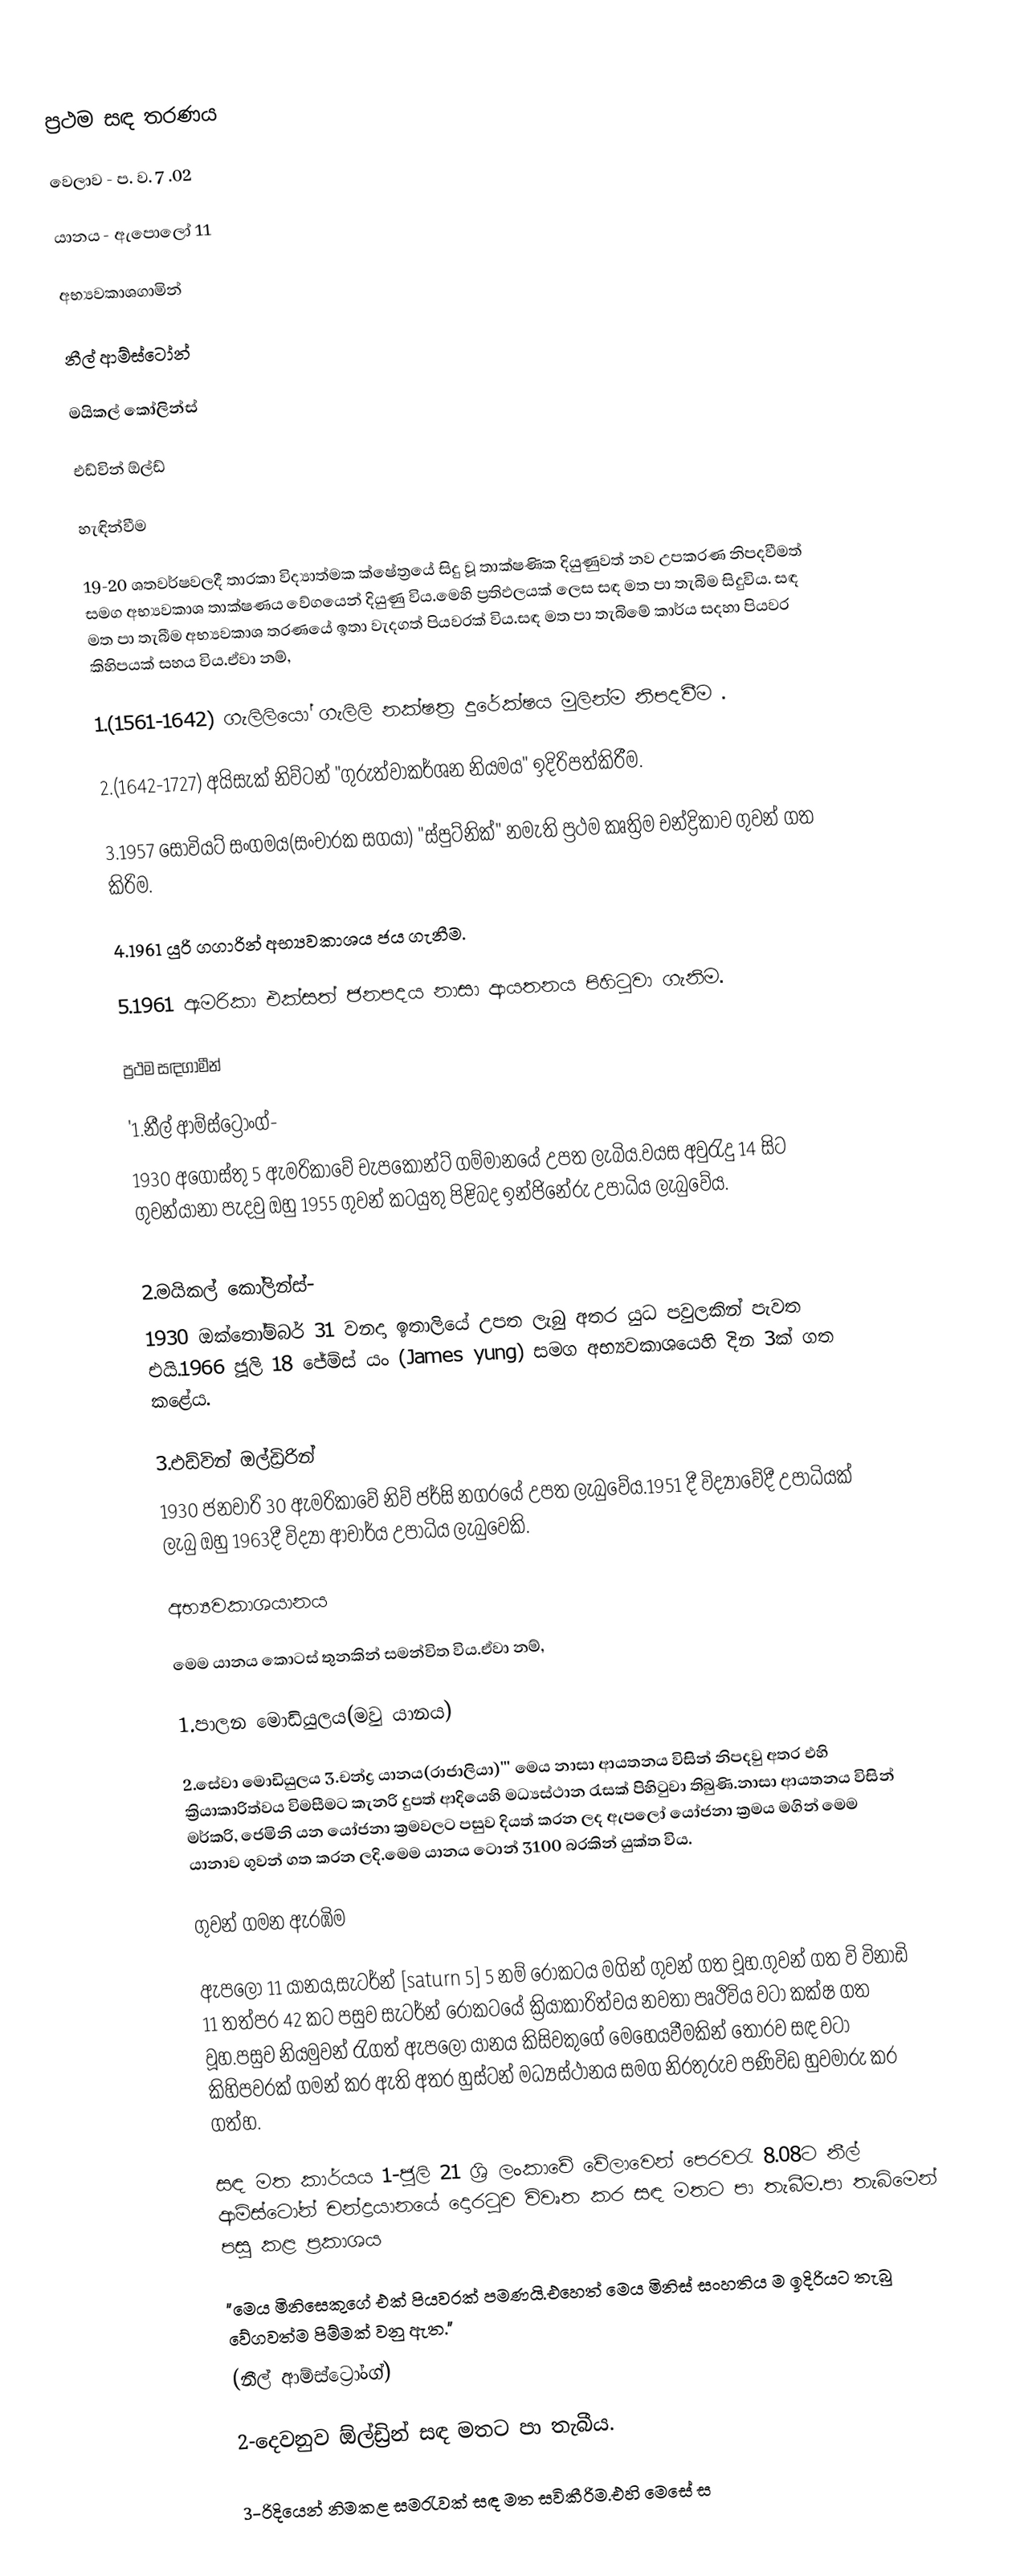
ප්‍රථම සඳ තරණය

වෙලාව -	ප. ව. 7 .02

යානය -	ඇපොලෝ 11

අභ්‍යවකාශගාමින්

නීල් ආම්ස්ටෝන්

මයිකල් කෝලින්ස්

එඩ්වින් ඕල්ඩ්‍

හැඳින්වීම

	19-20 ශතවර්ෂවලදී තාරකා විද්‍යාත්මක ‍‍ක්ෂේත්‍රයේ සිදු වූ තාක්ෂණික දියුණුවත් නව උපකරණ නිපදවීමත් සමග අභ්‍යවකාශ තාක්ෂණය වේගයෙන් දියුණු විය.මෙහි ප්‍රතිඵලයක් ලෙස සඳ මත පා තැබිම සිදුවිය. සඳ මත පා තැබීම අභ්‍යවකාශ තරණයේ ඉතා වැදගත් පියවරක් විය.සඳ මත පා තැබි‍මේ කාර්ය සදහා පියවර කිහිපයක් සහය විය.ඒවා නම්‍,

	1.(1561-1642) ගැලිලියෝ ගැලිලි නක්ෂත්‍ර දුරේක්ෂය මුලින්ම නිපදවීම .

	2.(1642-1727) අයිසැක් නිව්ටන් "ගුරුත්වාකර්ශන නියමය" ඉදිරිපත්කිරීම.

	3.1957 සෝවියට් සංගමය(සංචාරක සගයා) "ස්පුට්නික්" නමැති ප්‍රථම කෘත්‍රිම චන්ද්‍රිකාව ගුවන් ගත කිරිම.

	4.1961 යුරි ගගාරින් අභ්‍යවකාශය ජය ගැනීම.

	5.1961 ඇමරිකා එක්සත් ජනපදය නාසා ආයතනය පිහිටුවා ගැනිම.

ප්‍රථම සඳගාමීන්

	'1.නීල් ආම්ස්ට්‍රෝංග්-
		1930 අගෝස්තු 5 ඇමරිකාවේ චැපකොන්ට් ගම්මානයේ උපත ලැබිය.වයස අවුරැදු 14 සිට ගුවන්යානා පැදවු ඔහු 1955 		ගුවන් කටයුතු පිළිබද ඉන්ජිනේරු උපාධිය ලැබුවේය.

	2.මයිකල් කෝලින්ස්-
		1930 ඔක්තෝම්බර් 31 වනදා ඉතාලියේ උපත ලැබු අතර යුධ පවුලකින් පැවත එයි.1966 ජූලි 18 ජේම්ස් යං (James yung) සමග 				අභ්‍යවකාශයෙහි දින 3ක් ගත කළේය.

	3.එඩ්වින් ඔල්ඩ්‍රිරින්
		1930 ජනවාරි 30 ඇමරිකාවේ නිව් ජර්සි නගරයේ උපත ලැබුවේය.1951 දී විද්‍යාවේදී උපාධියක් ලැබු ඔහු 1963දී විද්‍යා ආචාර්ය උපාධිය ලැබුවෙකි.

අභ්‍යවකාශයානය

	මෙම යානය කොටස් තුනකින් සමන්විත විය.ඒවා නම්,

		1.පාලන මොඩියුලය(මවු යානය)

		2.සේවා මොඩියුලය		3.චන්ද්‍ර යානය(රාජාලියා)'''	මෙය නාසා ආයතනය විසින් නිපදවු අතර එහි ක්‍රියාකාරිත්වය විමසීමට කැනරි දුපත් ආදියෙහි මධ්‍යස්ථාන රැසක් පිහිටුවා තිබුණි.නාසා ආයතනය විසින් මර්කරි, ජෙමිනි යන යෝජනා ක්‍රමවලට පසුව දියත් කරන ලද ඇපලෝ යෝජනා ක්‍රමය මගින් මෙම යානාව ගුවන් ගත කරන ලදි.මෙම යානය ටොන් 3100 බරකින් යුක්ත විය.

 ගුවන් ගමන ඇරඹිම

	ඇපලෝ 11 යානය,සැටර්න් [saturn 5] 5 නම් රොකටය මගින් ගුවන් ගත වූහ.ගුවන් ගත වි විනාඩි 11 තත්පර 42 කට පසුව සැටර්න් රොකටයේ ක්‍රියාකාරිත්වය නවතා පෘථිවිය වටා කක්ෂ ගත වූහ.පසුව නියමුවන් රැගත් ඇපලෝ යානය කිසිවකුගේ මෙහෙයවීමකින් තොරව සඳ වටා කිහිපවරක් ගමන් කර ඇති අතර හුස්ටන් මධ්‍යස්ථානය සමග නිරතුරුව පණිවිඩ හුවමාරු  කර ගත්හ.

 සඳ මත කාර්යය	1-ජූලි 21 ශ්‍රි ලංකාවේ වේලා‍වෙන් පෙරවරැ 8.08ට නීල් ආම්ස්ටෝන් චන්ද්‍රයානයේ දොරටුව  විවෘත කර සඳ මතට පා තැබීම.පා 				තැබිමෙන් පසු කළ ප්‍රකාශය

		"මෙය මිනිසෙකුගේ එක් පියවරක් පමණයි.එහෙත් මෙය මිනිස් සංහතිය ම ඉදිරියට තැබු වේග‍වත්ම 						පිම්මක් වනු ඇත."
					(නීල් ආම්ස්ට්‍රෝංග්)

	2-දෙවනුව ඕල්ඩ්‍රින් සඳ මතට පා තැබීය.

	3-රිදියෙන් නිමකළ සමරැවක් සඳ මත සවිකීරිම.එහි මෙ‍සේ ස